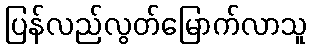
ပြန်လည်လွတ်မြောက်လာသူ